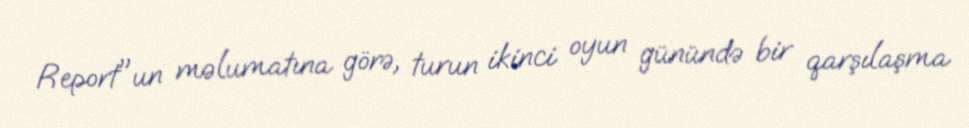
Report"un məlumatına görə, turun ikinci oyun günündə bir qarşılaşma